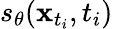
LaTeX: s_{\theta}(\mathbf{x}_{t_{i}},t_{i})